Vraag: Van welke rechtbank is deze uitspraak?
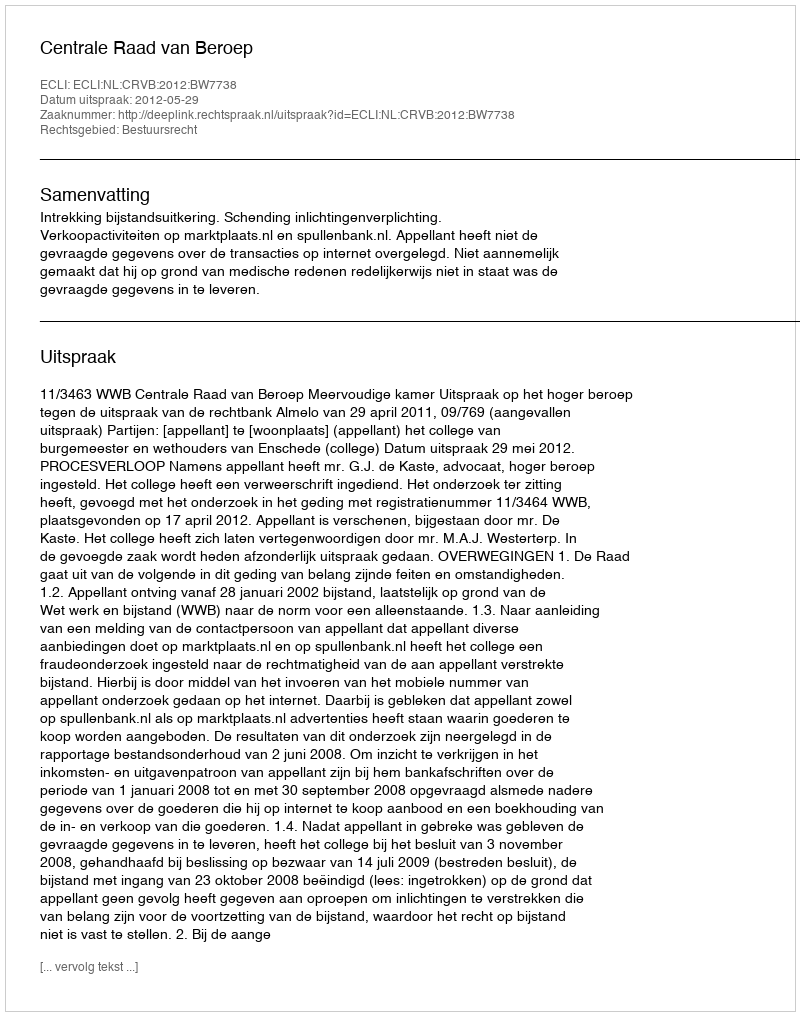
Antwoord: Centrale Raad van Beroep